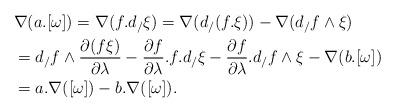
LaTeX: \begin{align*}& \nabla(a.[\omega]) = \nabla(f.d_{/}\xi) = \nabla(d_{/}(f.\xi)) - \nabla(d_{/}f\wedge \xi) \\& = d_{/}f\wedge \frac{\partial (f\xi)}{\partial \lambda} - \frac{\partial f}{\partial \lambda}.f.d_{/}\xi - \frac{\partial f}{\partial \lambda}.d_{/}f\wedge \xi - \nabla(b.[\omega]) \\& = a.\nabla([\omega]) - b.\nabla([\omega]).\end{align*}